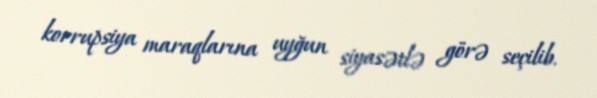
korrupsiya maraqlarına uyğun siyasətlə görə seçilib.